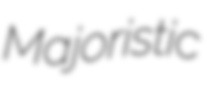
Majoristic